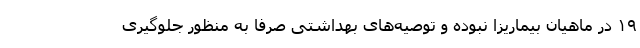
۱۹ در ماهیان بیماریزا نبوده و توصیه‌های بهداشتی صرفاً به منظور جلوگیری